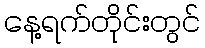
နေ့ရက်တိုင်းတွင်